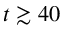
t \gtrsim 4 0